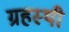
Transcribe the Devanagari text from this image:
ग्रहस्थी